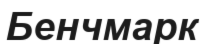
Бенчмарк